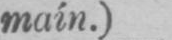
main.)